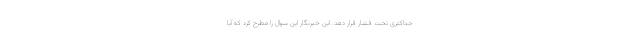
حداکثری تحت فشار قرار دهد. این خبرنگار این سوال را مطرح کرد که آیا